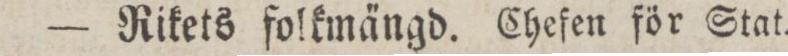
— Rikets folkmängd. Chefen för Stat.